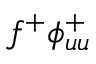
f ^ { + } \phi _ { u u } ^ { + }